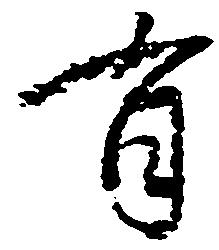
有